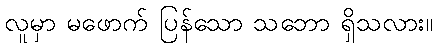
လူမှာ မဖောက် ပြန်သော သဘော ရှိသလား။